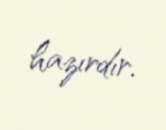
hazırdır.